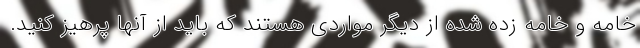
خامه و خامه زده شده از دیگر مواردی هستند که باید از آنها پرهیز کنید.